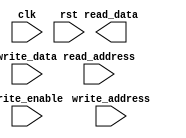
module HBM_Memory_Block(
    input wire clk,
    input wire rst,
    input wire [31:0] read_address,
    input wire [31:0] write_address,
    input wire [63:0] write_data,
    input wire write_enable,
    output reg [63:0] read_data
);

// Memory Block implementation goes here

endmodule